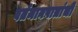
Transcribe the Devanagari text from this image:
वर्तमानपात्रांची